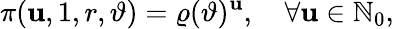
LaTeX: \pi(\mathbf{u},1,r,\vartheta)=\varrho(\vartheta)^{\mathbf{u}},\quad\forall\mathbf{u}\in\mathbb{{N}}_{0},